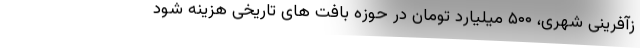
زآفرینی شهری، ۵۰۰ میلیارد تومان در حوزه بافت های تاریخی هزینه شود